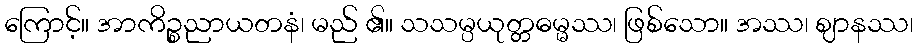
ကြောင့်။ အာကိဉ္စညာယတနံ၊ မည် ၏။ သသမ္ပယုတ္တဓမ္မဿ၊ ဖြစ်သော။ အဿ၊ ဈာနဿ၊